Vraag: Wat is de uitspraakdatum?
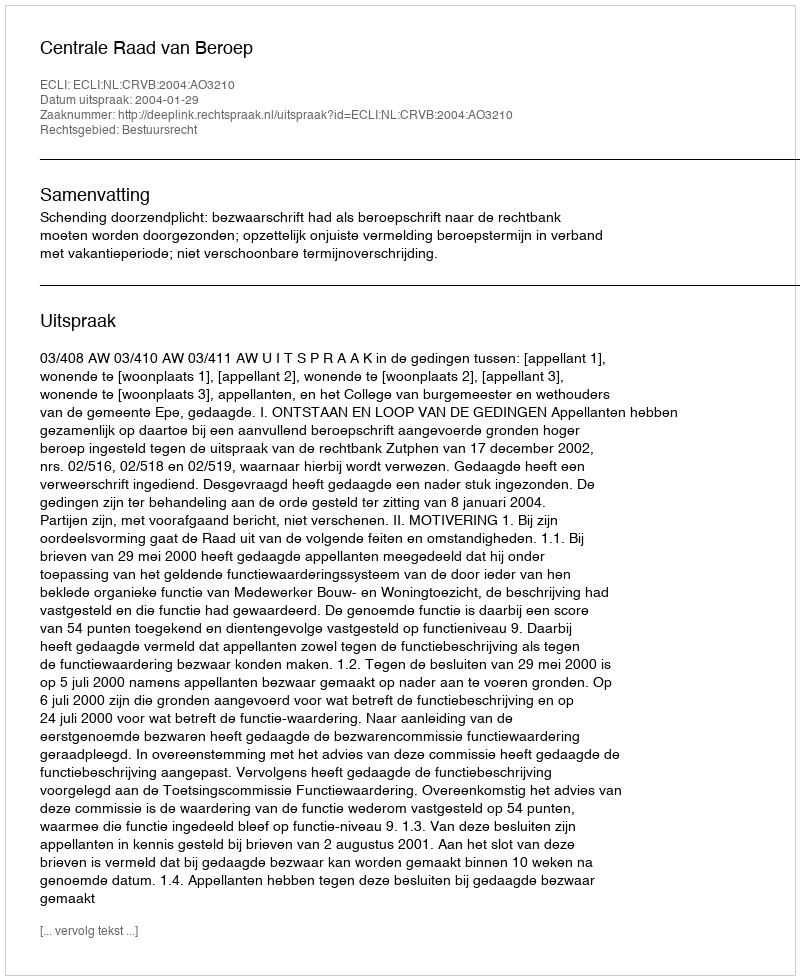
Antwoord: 2004-01-29